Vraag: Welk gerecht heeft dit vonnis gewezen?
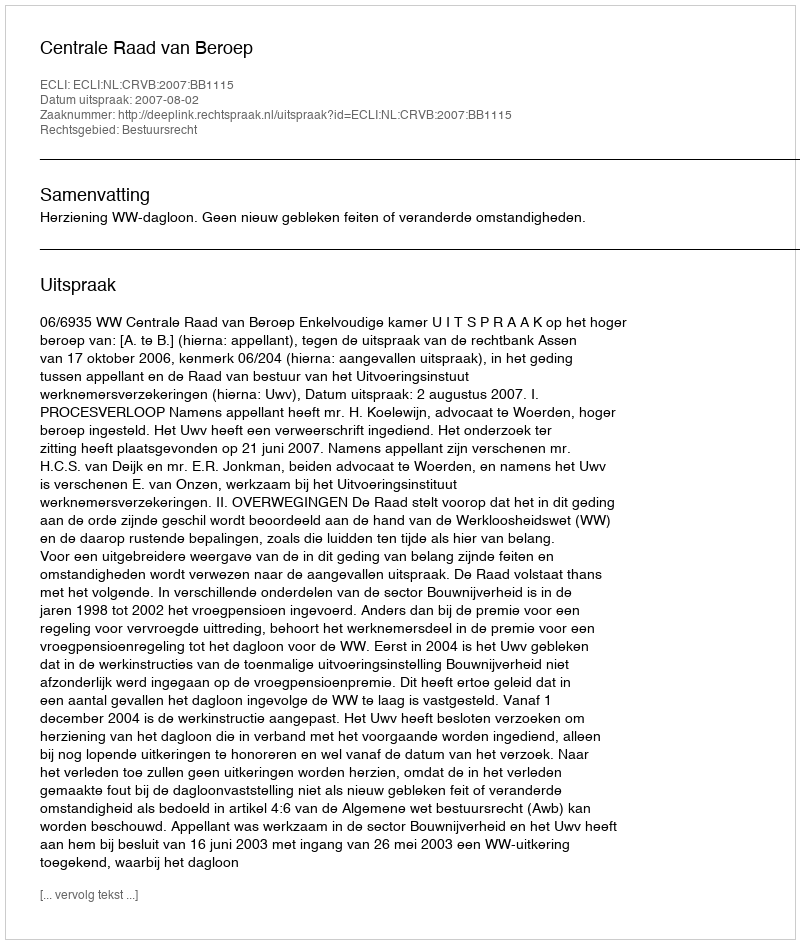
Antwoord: Centrale Raad van Beroep